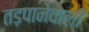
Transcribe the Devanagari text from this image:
तड़पानेवाली